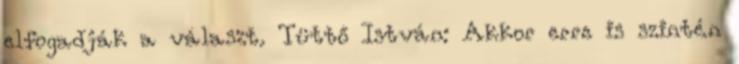
elfogadják a választ. Tüttő István: Akkor erre is szintén